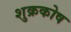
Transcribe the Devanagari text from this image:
शुक्रकोष